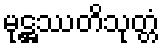
မုဋ္ဌဿတိသုတ္တံ